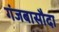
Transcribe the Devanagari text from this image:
गंजबासौदा